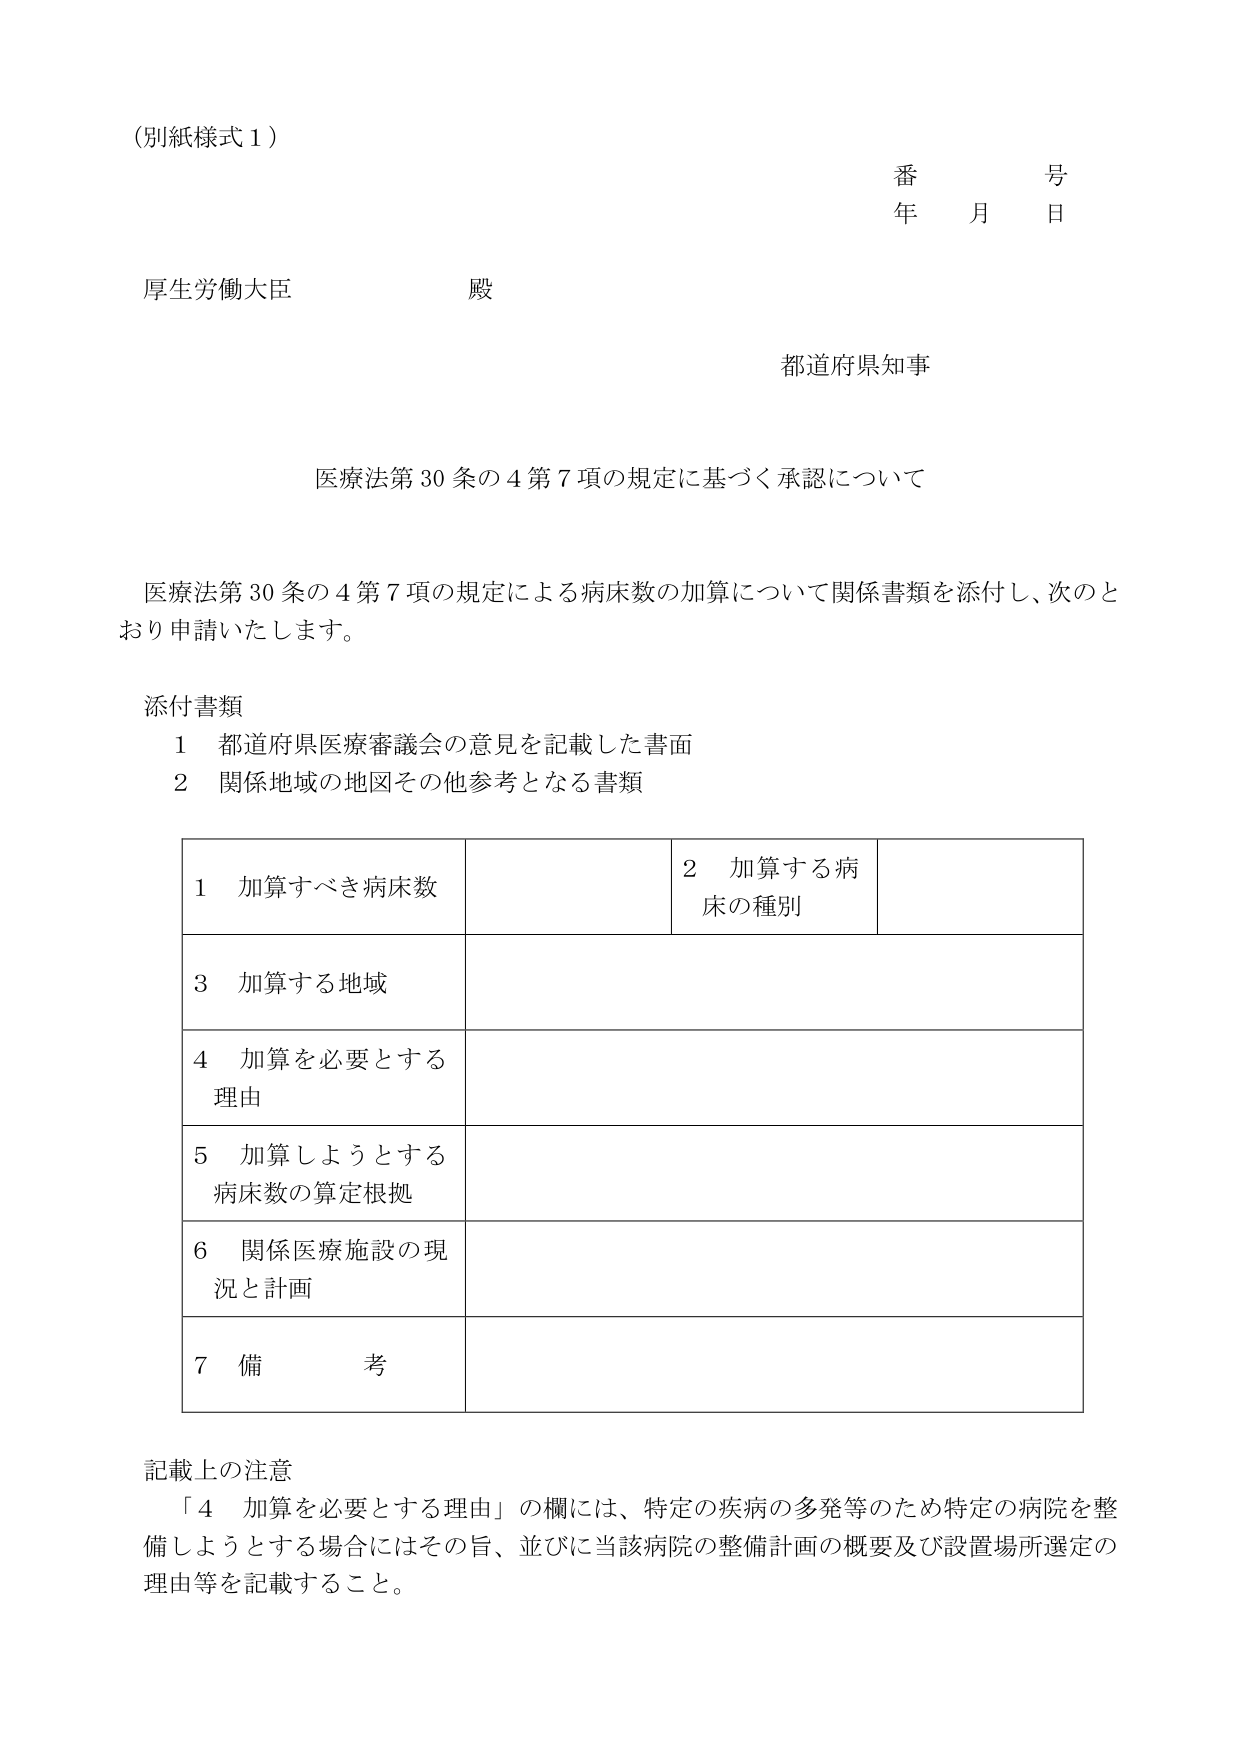
（別紙様式１）

番　　号
年　　月　　日

厚生労働大臣　　殿

都道府県知事

医療法第30条の4第7項の規定に基づく承認について

医療法第30条の4第7項の規定による病床数の加算について関係書類を添付し、次のとおり申請いたします。

添付書類
　１　都道府県医療審議会の意見を記載した書面
　２　関係地域の地図その他参考となる書類

| 1　加算すべき病床数 | | 2　加算する病床の種別 | |
|---|---|---|---|
| 3　加算する地域 | | | |
| 4　加算を必要とする理由 | | | |
| 5　加算しようとする病床数の算定根拠 | | | |
| 6　関係医療施設の現況と計画 | | | |
| 7　備　　考 | | | |

記載上の注意
　「4　加算を必要とする理由」の欄には、特定の疾病の多発等のため特定の病院を整備しようとする場合にはその旨、並びに当該病院の整備計画の概要及び設置場所選定の理由等を記載すること。